Report on inoculation in the plague infected areas of the Punjab and its dependencies from October 1900 to September 1901
Year: 1900
Disease focus: Plague
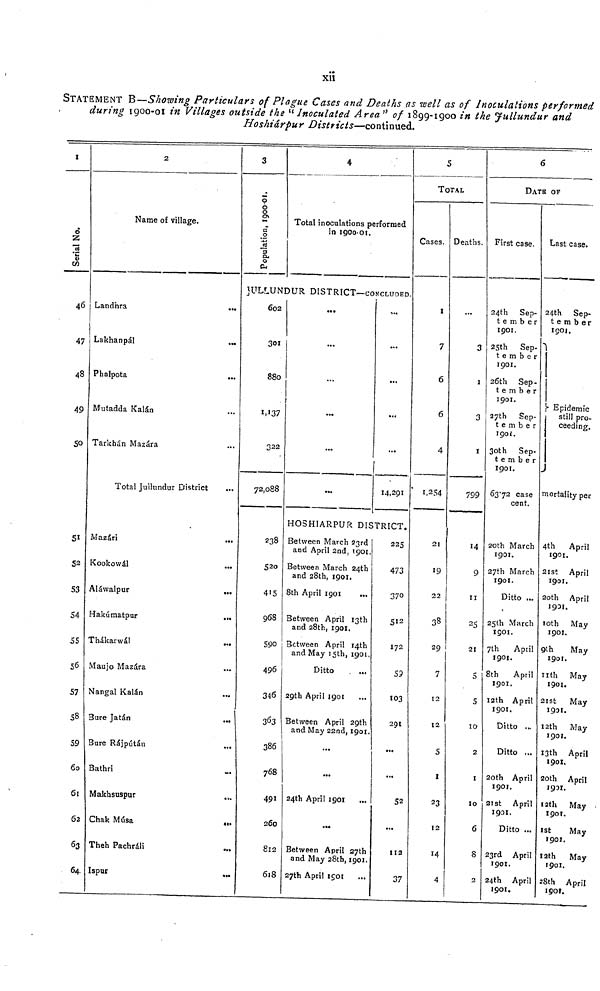
xii
STATEMENT B—Showing Particulars of Plague Cases and Deaths as well as of Inoculations performed
during 1900-01 in Villages outside the " Inoculated Area" of 1899-1900 in the Jullundur and
Hoshiárpur Districts—continued.
1
Serial No.
46
47
48
49
50
51
52
53
S4
55
56
57
58
59
60
61
62
63
64
2
Name of village.
Landhra
Lakhanpál
...
Phalpota
...
Mutadda Kalán
Tarkhán Mazára
Total Juilundur District
Mazári
Kookowál
Aláwalpur
...
Hakúmatpur
Thákarwál
Maujo Mazára
Nangal Kalán
Bure Jatán
...
Bure Rájpútán
...
Bathri
Makhsuspur
Chak
Músa.
Theh Pachráli
Ispur
3
Population, 1899-1900.
4
Total inoculations performed
in 190001.
JULLUNDUR DISTRICT—CONCLUDED.
602
301
880
1,137
322
72,088
23S
520
415
968
590
496
346
363
386
768
491
260
812
618
...
...
...
...
...
...
...
14,291
HOSHIARPUR DISTRICT.
Between March 23 rd
and April 2nd, 1901.
Between March 24th
and 28th, 1901.
8th April 1901
Between April 13th
and 28th, 1901.
Between April 14th
and May 15th, 1901,
Ditto
29th April 1901
Between April 29th
and May 22nd, 1901
...
...
24th April 1901
Between April 27th
and May 28th, 1901.
27th April 1901.
225
473
370
512
172
59
103
291
...
...
52
...
11
3
5
TOTAL
Cases.
1
7
6
6
4
1,254
21
19
22
38
29
7
12
12
5
1
23
12
14
4
Deaths.
...
3
1
3
I
799
14
9
11
25
21
S
5
10
2
1
10
6
8
2
6
DATE OF
First case.
24th Sep-
tember
1901.
25th Sep-
tember
1901.
26th Sep-
tember
1901.
27th Sep-
tember
1901.
30th Sep-
tember
1901.
63.72 case
cent.
20th March
1901.
27th March
1901.
Ditto ...
25th March
1901.
7th
April
1901.
8th
April
1901.
12th April
1901.
Ditto
Ditto ..
20th April
1901.
21st April
1901.
Ditto ..
23rd April
1901.
24th April
1901.
Last case.
24th Sep«
tember
1901.
Epidemic
still pro-
ceeding.
1
1
mortality per
4th
April
1901.
21st April
1901.
20th April
1931.
10th May
1901.
9th
May
1901.
nth May
1901.
21st
May
1901.
12th
May
1901.
13th April
1901.
20th April
1901.
12th May
1901.
1st
May
1901.
12th
May
1901.
28th April
1901.